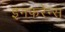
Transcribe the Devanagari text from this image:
इनफरेन्स